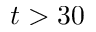
t > 3 0